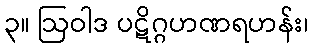
၃။ ဩဝါဒ ပဋိဂ္ဂဟဏရဟန်း၊